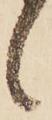
々